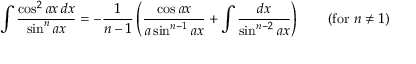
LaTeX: \int { \frac { \cos ^ { 2 } a x \, d x } { \sin ^ { n } a x } } = - { \frac { 1 } { n - 1 } } \left( { \frac { \cos a x } { a \sin ^ { n - 1 } a x } } + \int { \frac { d x } { \sin ^ { n - 2 } a x } } \right) \qquad { \mathrm { ( f o r ~ } } n \neq 1 { \mathrm { ) } }